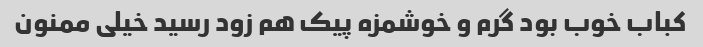
کباب خوب بود گرم و خوشمزه پیک هم زود رسید خیلی ممنون